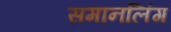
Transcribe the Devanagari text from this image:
समानलिंग